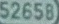
52650